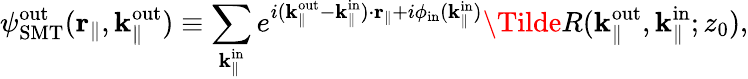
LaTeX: {\psi}_{\mathrm{SMT}}^{\mathrm{out}}(\textbf{r}_{\parallel},\textbf{k}_{\parallel}^{\mathrm{out}})\equiv\sum_{\textbf{k}_{\parallel}^{\mathrm{in}}}e^{i(\textbf{k}_{\parallel}^{\mathrm{out}}-\textbf{k}_{\parallel}^{\mathrm{in}})\cdot\textbf{r}_{\parallel}+i\phi_{\mathrm{in}}(\mathbf k_{\parallel}^{\mathrm{in}})}\Tilde{R}(\textbf{k}_{\parallel}^{\mathrm{out}},\textbf{k}_{\parallel}^{\mathrm{in}};z_{0}),